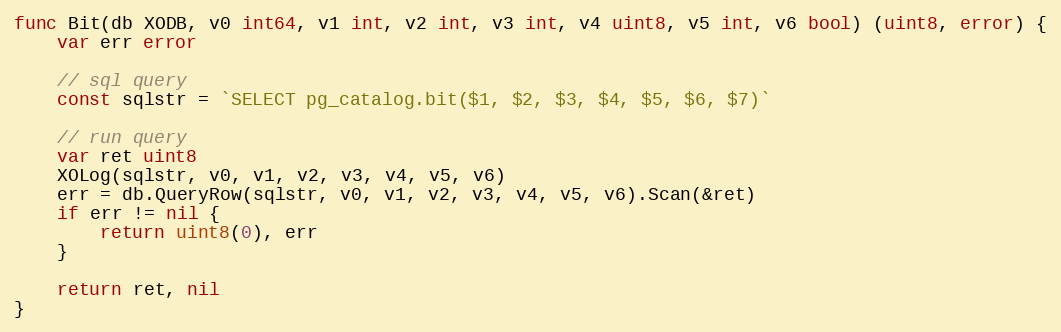
Language: Go
func Bit(db XODB, v0 int64, v1 int, v2 int, v3 int, v4 uint8, v5 int, v6 bool) (uint8, error) {
	var err error

	// sql query
	const sqlstr = `SELECT pg_catalog.bit($1, $2, $3, $4, $5, $6, $7)`

	// run query
	var ret uint8
	XOLog(sqlstr, v0, v1, v2, v3, v4, v5, v6)
	err = db.QueryRow(sqlstr, v0, v1, v2, v3, v4, v5, v6).Scan(&ret)
	if err != nil {
		return uint8(0), err
	}

	return ret, nil
}